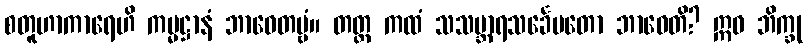
စတူဟာကာရေဟိ ကမ္မဋ္ဌာနံ ဘာဝေတဗ္ဗံ။ တတ္ထ ကထံ သသမ္ဘာရသင်္ခေပတော ဘာဝေတိ? ဣဓ ဘိက္ခု